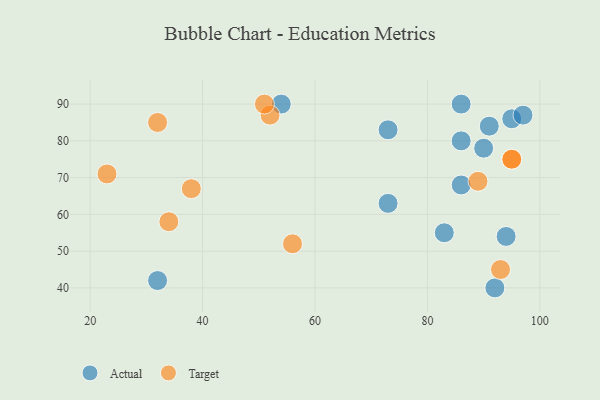
{"axis": {"x": "GDP", "y": "Life Expectancy"}, "legend": ["Actual", "Target"], "data": [{"x": "95", "y": 86, "type": "Actual"}, {"x": "92", "y": 40, "type": "Actual"}, {"x": "91", "y": 84, "type": "Actual"}, {"x": "86", "y": 68, "type": "Actual"}, {"x": "86", "y": 80, "type": "Actual"}, {"x": "54", "y": 90, "type": "Actual"}, {"x": "86", "y": 90, "type": "Actual"}, {"x": "73", "y": 63, "type": "Actual"}, {"x": "83", "y": 55, "type": "Actual"}, {"x": "94", "y": 54, "type": "Actual"}, {"x": "97", "y": 87, "type": "Actual"}, {"x": "32", "y": 42, "type": "Actual"}, {"x": "73", "y": 83, "type": "Actual"}, {"x": "90", "y": 78, "type": "Actual"}, {"x": "95", "y": 75, "type": "Target"}, {"x": "38", "y": 67, "type": "Target"}, {"x": "95", "y": 75, "type": "Target"}, {"x": "23", "y": 71, "type": "Target"}, {"x": "93", "y": 45, "type": "Target"}, {"x": "52", "y": 87, "type": "Target"}, {"x": "56", "y": 52, "type": "Target"}, {"x": "32", "y": 85, "type": "Target"}, {"x": "89", "y": 69, "type": "Target"}, {"x": "51", "y": 90, "type": "Target"}, {"x": "34", "y": 58, "type": "Target"}]}